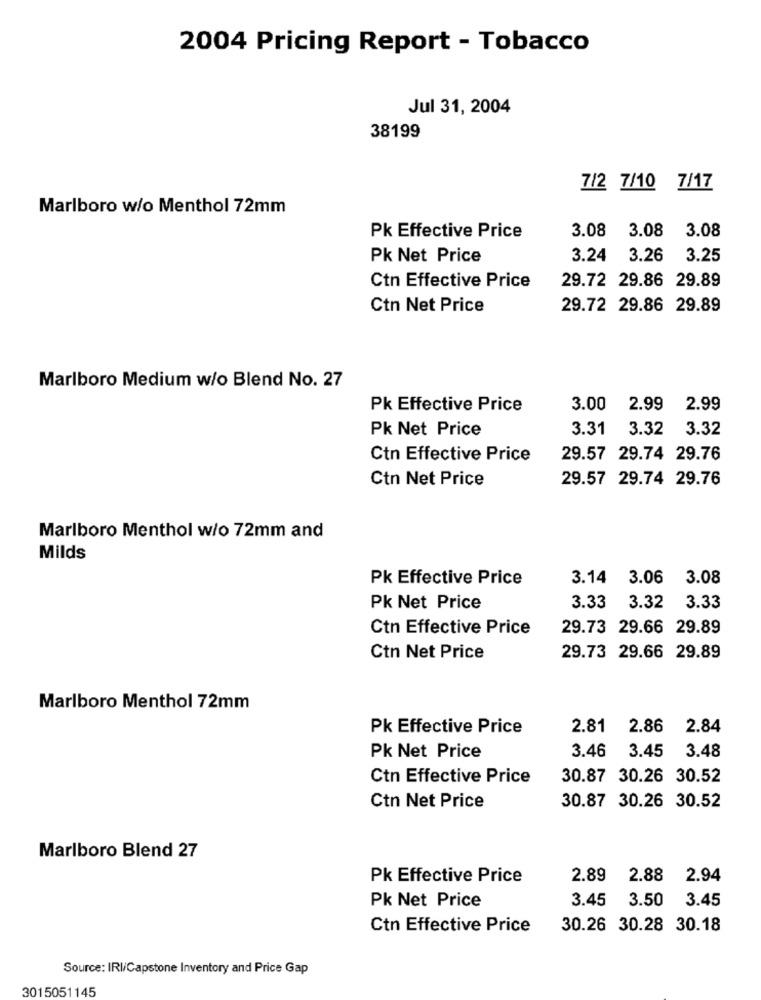
2004 Pricing Report - Tobacco
Jul 31, 2004
38199
7/2 7/10 7/17
Marlboro w/o Menthol 72mm
3.08
3.08 3.08
Pk Effective Price
Pk Net Price
3.24
3.26
3.25
29.72 29.86 29.89
Ctn Effective Price
Ctn Net Price
29.72 29.86 29.89
Marlboro Medium w/o Blend No. 27
Pk Effective Price
3.00
2.99
2.99
Pk Net Price
3.31
3.32
3.32
Ctn Effective Price
29.57 29.74 29.76
Ctn Net Price
29.57 29.74 29.76
Marlboro Menthol w/o 72mm and
Milds
Pk Effective Price
3.14 3.06
3.08
Pk Net Price
3.33
3.32
3.33
Ctn Effective Price
29.73 29.66 29.89
Ctn Net Price
29.73 29.66 29.89
Marlboro Menthol 72mm
Pk Effective Price
2.81
2.86
2.84
3.46
3.45
Pk Net Price
3.48
Ctn Effective Price
30.87 30.26 30.52
Ctn Net Price
30.87 30.26 30.52
Marlboro Blend 27
Pk Effective Price
2.89
2.88
2.94
Pk Net Price
3.45
3.50
3.45
Ctn Effective Price
30.26 30.28 30.18
Source: IRI/Capstone Inventory and Price Gap
3015051145